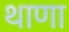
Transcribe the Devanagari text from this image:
थाणा